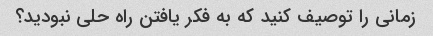
زمانی را توصیف کنید که به فکر یافتن راه حلی نبودید؟